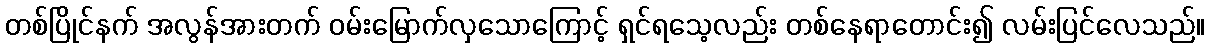
တစ်ပြိုင်နက် အလွန်အားတက် ဝမ်းမြောက်လှသောကြောင့် ရှင်ရသေ့လည်း တစ်နေရာတောင်း၍ လမ်းပြင်လေသည်။